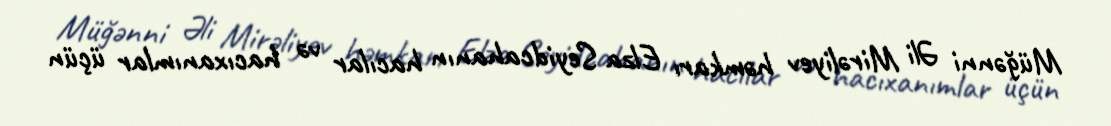
Müğənni Əli Mirəliyev həmkarı Elza Seyidcahanın hacılar və hacıxanımlar üçün